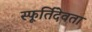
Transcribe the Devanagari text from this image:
स्फूर्तिदेवता